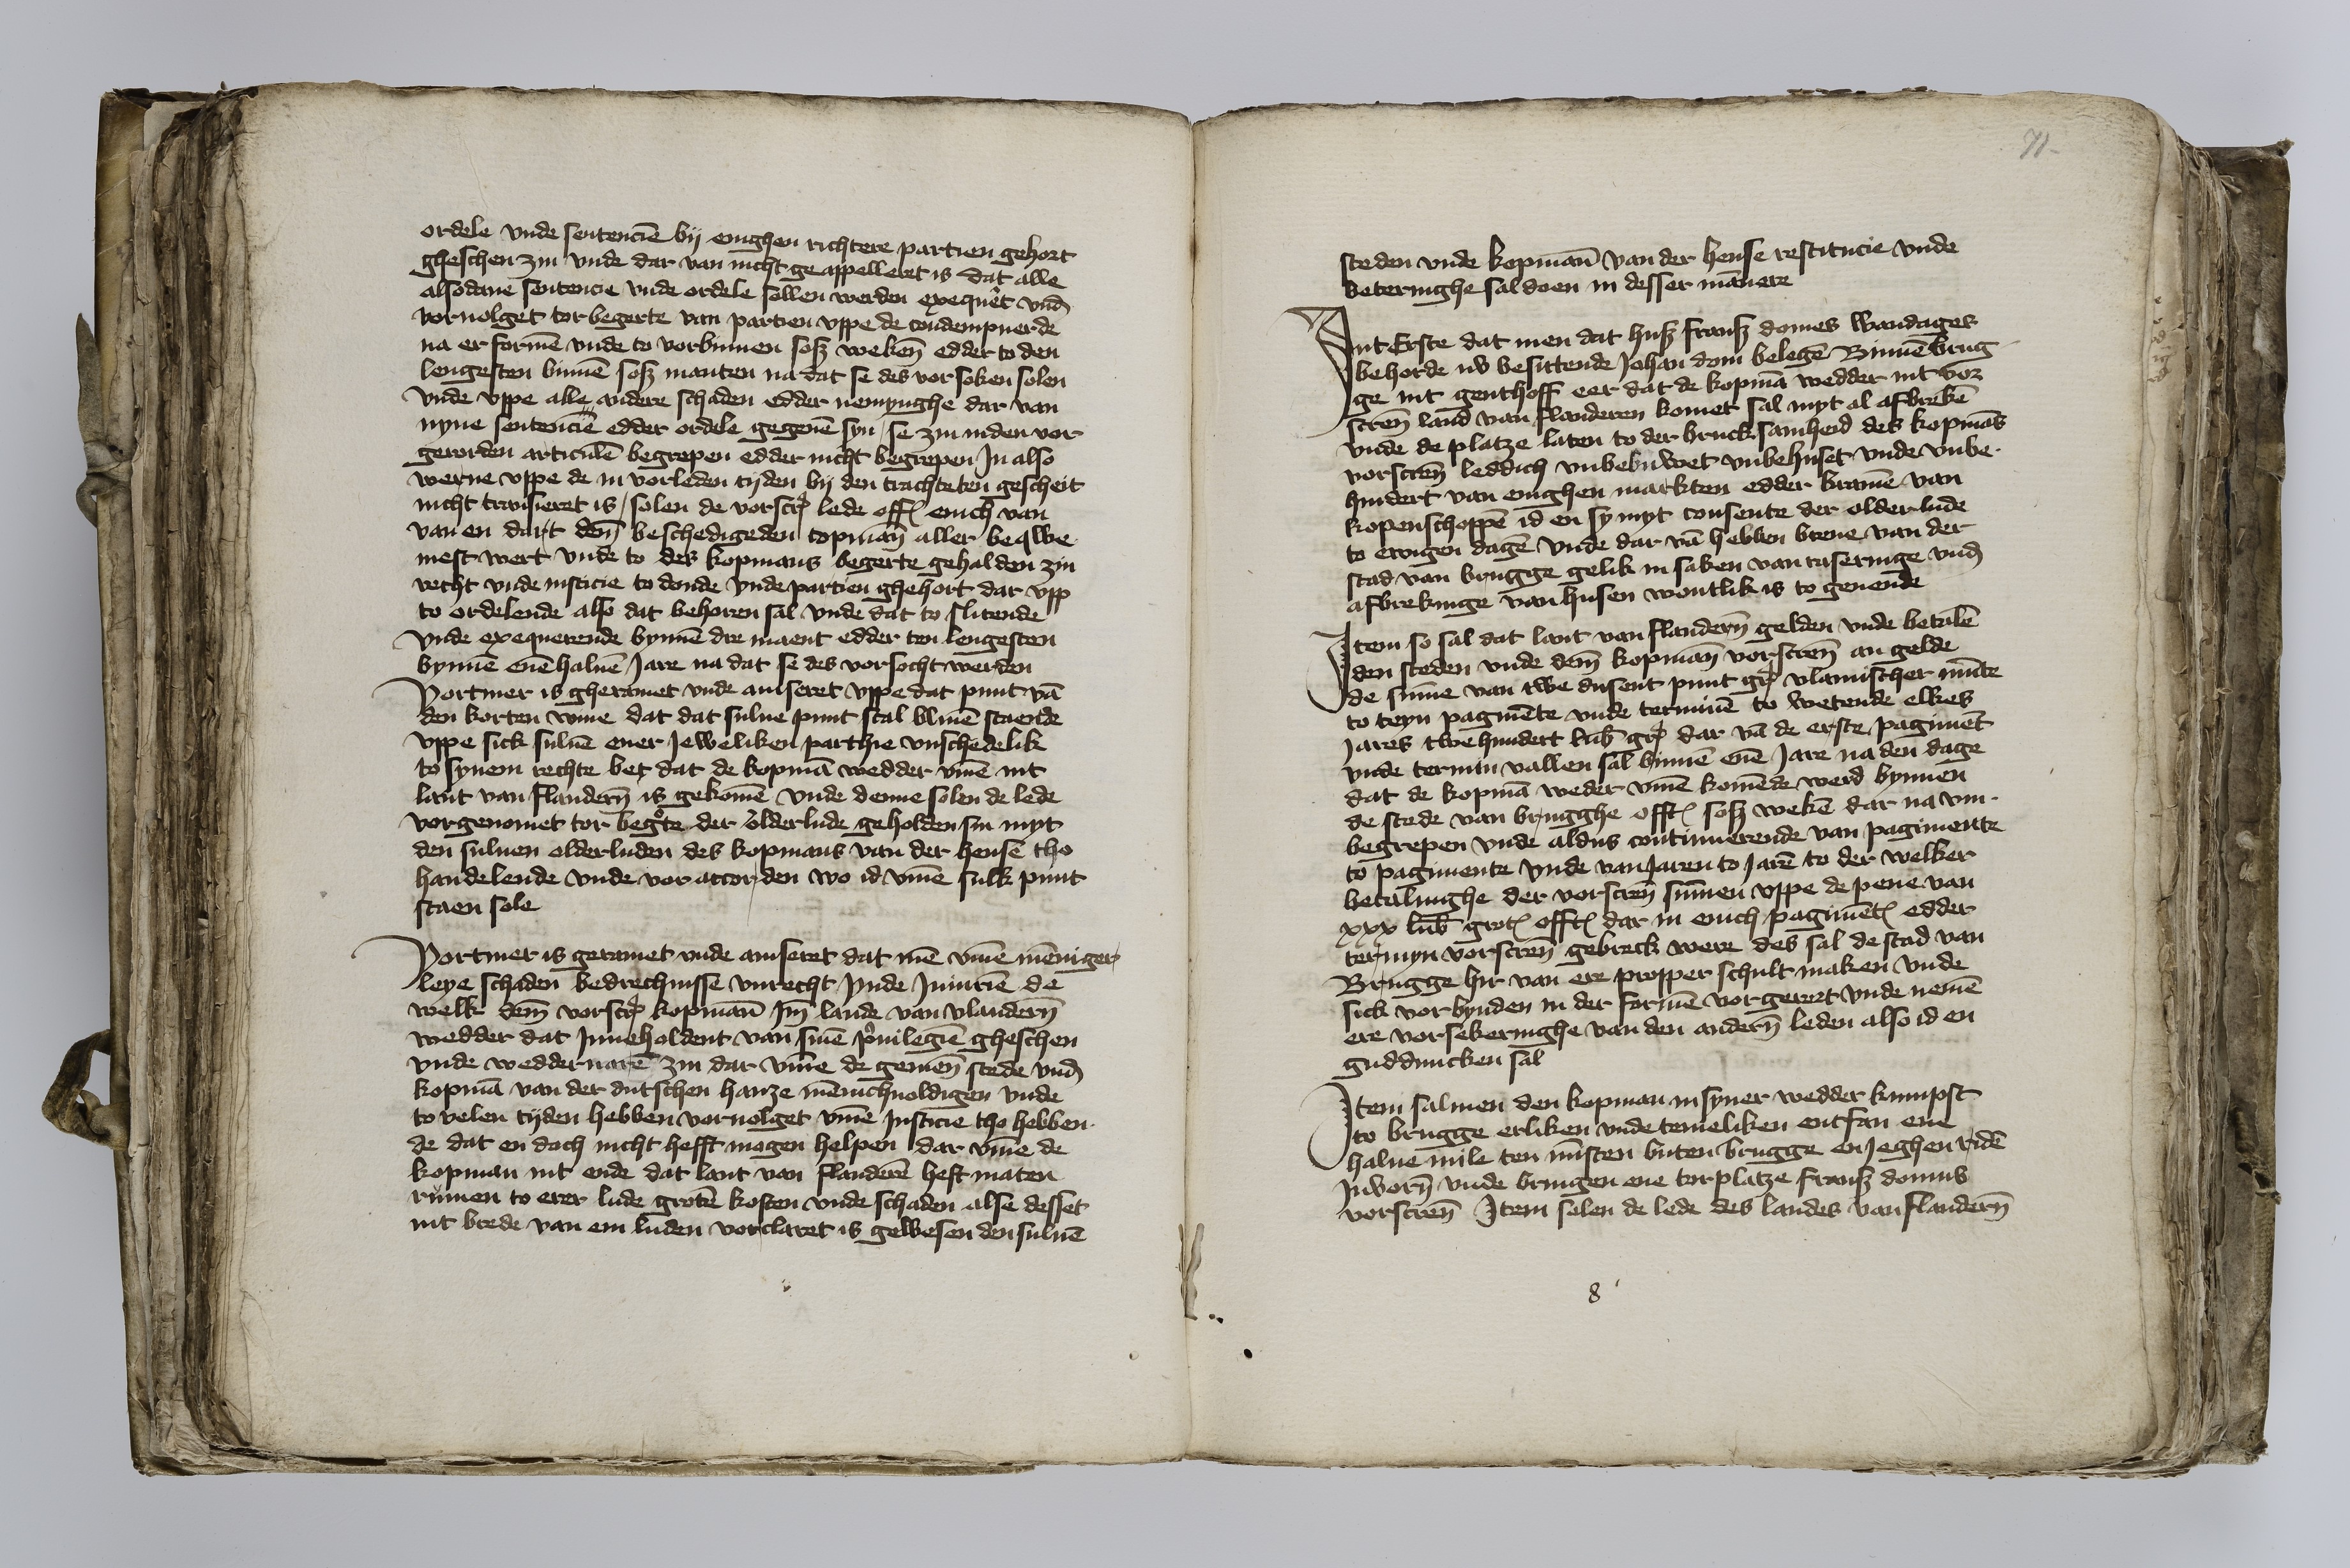
ordele vnde sentencien by enighen richtere partien gehort
gheschen zin vnde dar van nicht geappelleret is dat alle
alsodane sentencie vnde ordele sollen werden exequeret vnd
voruolget tor begerte van partien vppe de condempnerde
na er formen vnde to vorbinnen soß wekene edder to den
lengesten binnen soß manten na dat se des vorsoken solen
vnde vppe alle andere schaden edder nemynghe dar van
nyne sentencien edder ordele gegeuen syn se zin inden vor¬
gerorden articulen begrepen edder nicht begrepen Jn also
werne vppe de in vorleden tyden by den trachteten gescheit
nicht transieret is, solen de vorscreuen lede offtes enich van
van en dart deme beschedigeden copmanne aller beqwe¬
mest wert vnde to des kopmans begerte gehalden zin
recht vnde iusticie to donde vnde partien ghehort dat vpp
to ordelende also dat behoren sal vnde dat to slitende
Vnde ep exequerende bynnen dre maent edder ten lengesten
bynnen enen haluen Jare na dat se des vorsocht werden
Vortmer is gheramet vnde auiseret vppe dat punt van
den korten wine dat dat sulue punt scal bliuen staende
vppe sick suluen ener Jeweliken parthie vnschedelik
to synem rechte bet dat de kopman wedder vmme int
lant van Flanderen is gekomen vnde denne solen de lede
vorgenomet tor begerte der olderlude geholden sin myt
den suluen olderluden des kopmans van der hense tho
handelende vnde vor accorden den wo id vmme sulk punt
staen sole.

Vortmer is geramet vnde auiseret dat men vmme menninger¬
leye schaden bedrechnisse vnrecht vnde Jniurien de
welk deme vorscreuen kopmanne Jmme lande van Vlandern
wedder dat Jnneholdent van sinen priuilegien gheschen
vnde wedderuaren zin dar vmme de gemenen stede vnd
kopman van der dutschen hanze mennichuoldigen vnde
to velen tyden hebben vorvolget vmme Justicie tho hebben
de dat en doch nicht hefft mogen helpen dar vmme de
kopman int ende dat lant van Flanderen heft maten
rumen to erer lude groten kosten vnde schaden alse desset
int brede van em luden vorclaret is gewesen den suluen

71

steden vnde kopmann van der hense restitucie vnde
beteringhe sal doen in desser mannere.

Jnt Erste dat men dat huß Franß Domes wandages
behorde nv besittende Johan Dom belegen Binnen Brug¬
ge int genthoff eer dat de kopman wedder int vor¬
screuen land van Flanderen komet sal myt al afbreken
vnde de platze laten to der bruck samheid des kopmanns
vorscreuen leddich vnbebuwet vnbehuset vnde vnbe¬
hindert van enighen markten edder kramen van
kopenschoppen id en sy myt consente der olderlude
to ewigen dagen vnde dar van hebben breue van der
stad van Brugge gelik in saken van raseringe vnd
afbrekinge van husen wontlik is to geuende.

Jtem so sal dat lant van Flanderen gelden vnde betalen
den steden vnde deme kopmann vorscreuen an gelde
de summe van twe dusent punt grote vlamischer munte
to teyn pagmente vnde terminen to wetende elkes
Jares twehundert lubesche grote dar van de erste pagiment
vnde termin vallen sal binnen enem Jare na den dage
dat de kopman weder vmme komende werd bynnen
de stede van Brugghe offtes soß weken dar na vm¬
begrepen vnde aldus continuerende van pagimente
to pagimente vnde van Jaren to Jaren to der welker
betalinghe der vorscreuen summen vppe de pene van
xxx lubesche grotes offtes dar in enich pagimentes edder
termyn vorscreuen gebreck were des sal de stad van
Brugge hir van ere propper schult maken vnde
sick vorbynden in der formen vorgerort vnde nemen
ere vorsekeringhe van den anderen leden also id en
gudduncken sal.

Jtem salmen den kopman in syner wedder kumpst
to Brugge erliken vnde temeliken entfan ene
halue mile ten minsten buten Brugge enJeghen riden
Jnvoren vnde bringen ene tor platze Franß Domus
vorscreuen Jtem solen de lede des landes van Flanderen